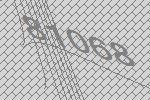
81068